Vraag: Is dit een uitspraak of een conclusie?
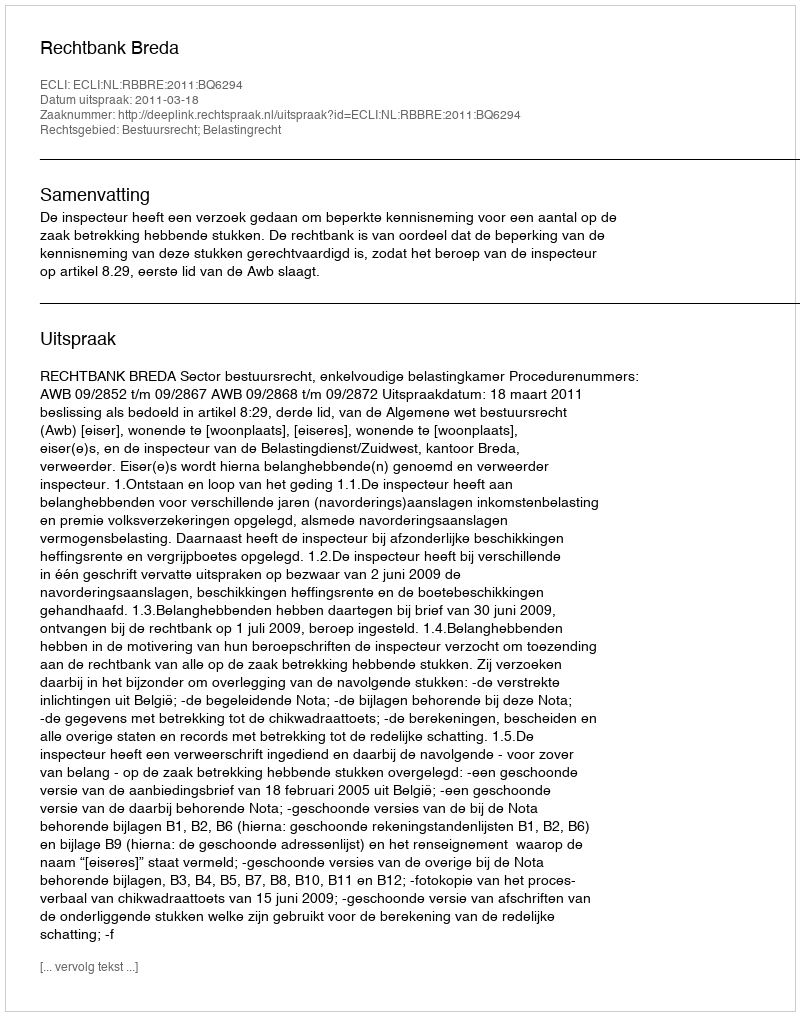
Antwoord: Uitspraak